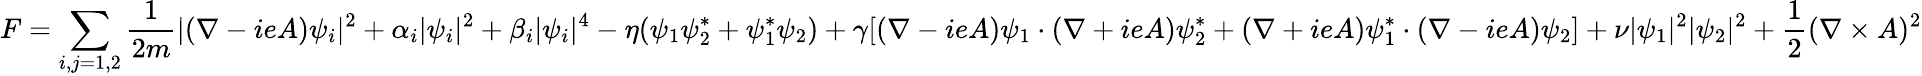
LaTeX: F=\sum_{i,j=1,2}{\frac{1}{2m}}|(\nabla-ieA)\psi_{i}|^{2}+\alpha_{i}|\psi_{i}|^{2}+\beta_{i}|\psi_{i}|^{4}-\eta(\psi_{1}\psi_{2}^{*}+\psi_{1}^{*}\psi_{2})+\gamma[(\nabla-ieA)\psi_{1}\cdot(\nabla+ieA)\psi_{2}^{*}+(\nabla+ieA)\psi_{1}^{*}\cdot(\nabla-ieA)\psi_{2}]+\nu|\psi_{1}|^{2}|\psi_{2}|^{2}+{\frac{1}{2}}(\nabla\times A)^{2}